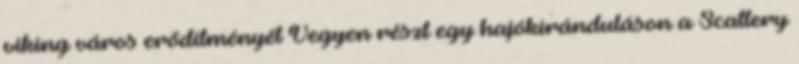
viking város erődítményét Vegyen részt egy hajókiránduláson a Scattery